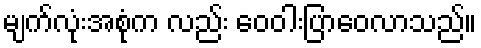
မျက်လုံးအစုံက လည်း ဝေဝါးပြာဝေလာသည်။